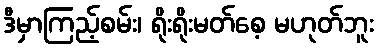
ဒီမှာကြည့်စမ်း၊ ရိုးရိုးမတ်စေ့ မဟုတ်ဘူး